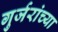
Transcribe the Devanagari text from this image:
गुर्जरांच्या